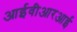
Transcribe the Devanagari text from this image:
आईवीआरआई